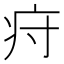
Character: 疛